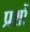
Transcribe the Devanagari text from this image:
प्रशों